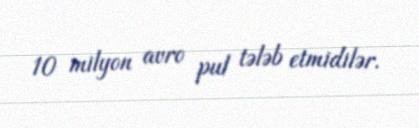
10 milyon avro pul tələb etmidilər.